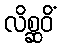
လိစ္ဆဝိံ